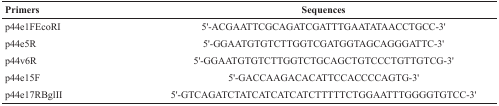
<table><thead><tr><td><b>Primers</b></td><td><b>Sequences</b></td></tr></thead><tbody><tr><td>p44e1FEcoRI</td><td>5&#x27;-ACGAATTCGCAGATCGATTTGAATATAACCTGCC-3&#x27;</td></tr><tr><td>p44e5R</td><td>5&#x27;-GGAATGTGTCTTGGTCGATGGTAGCAGGGATTC-3&#x27;</td></tr><tr><td>p44v6R</td><td>5&#x27;-GGAATGTGTCTTGGTCTGCAGCTGTCCCTGTTGTCG-3&#x27;</td></tr><tr><td>p44e15F</td><td>5&#x27;-GACCAAGACACATTCCACCCCAGTG-3&#x27;</td></tr><tr><td>p44e17RBglII</td><td>5&#x27;-GTCAGATCTATCATCATCATCTTTTTCTGGAATTTGGGGTGTCC-3&#x27;</td></tr></tbody></table>